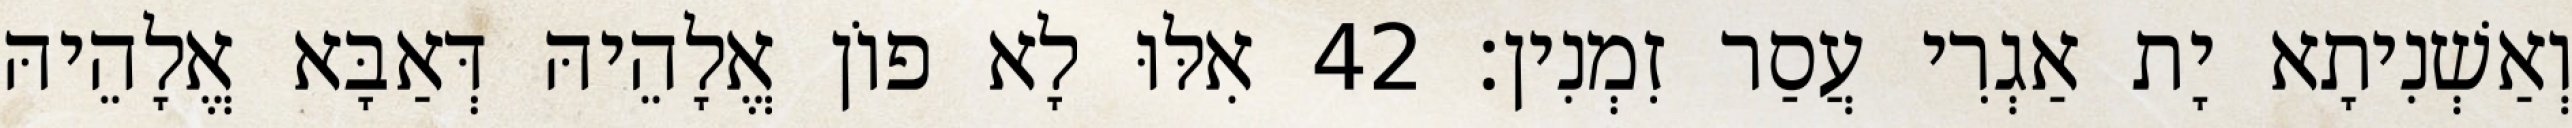
וְאַשְׁנִיתָא יָת אַגְרִי עֲסַר זִמְנִין׃ 42 אִלּוּ לָא פוֹן אֱלָהֵיהּ דְּאַבָּא אֱלָהֵיהּ